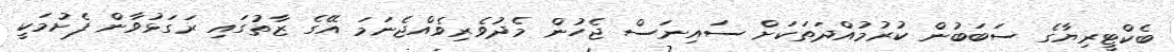
ބެކްޓީރިޔާގެ ސަބަބުން ކުރުމުއްދަތަކަށް ސައިނަސް ޖެހުން މެދުވެރިވެއްޖެނަމަ އޭގެ ޒާތުގައި ރަގަޅުވާން ފެށުމަކީ